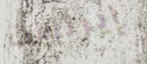
إيرنست